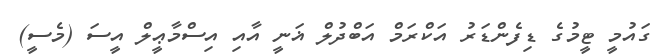
ގައުމީ ޓީމުގެ ޑިފެންޑަރު އަކްރަމް އަބްދުލް ޣަނީ އާއި އިސްމާޢީލް އީސަ (މެސީ)